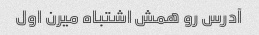
آدرس رو همش اشتباه میرن اول